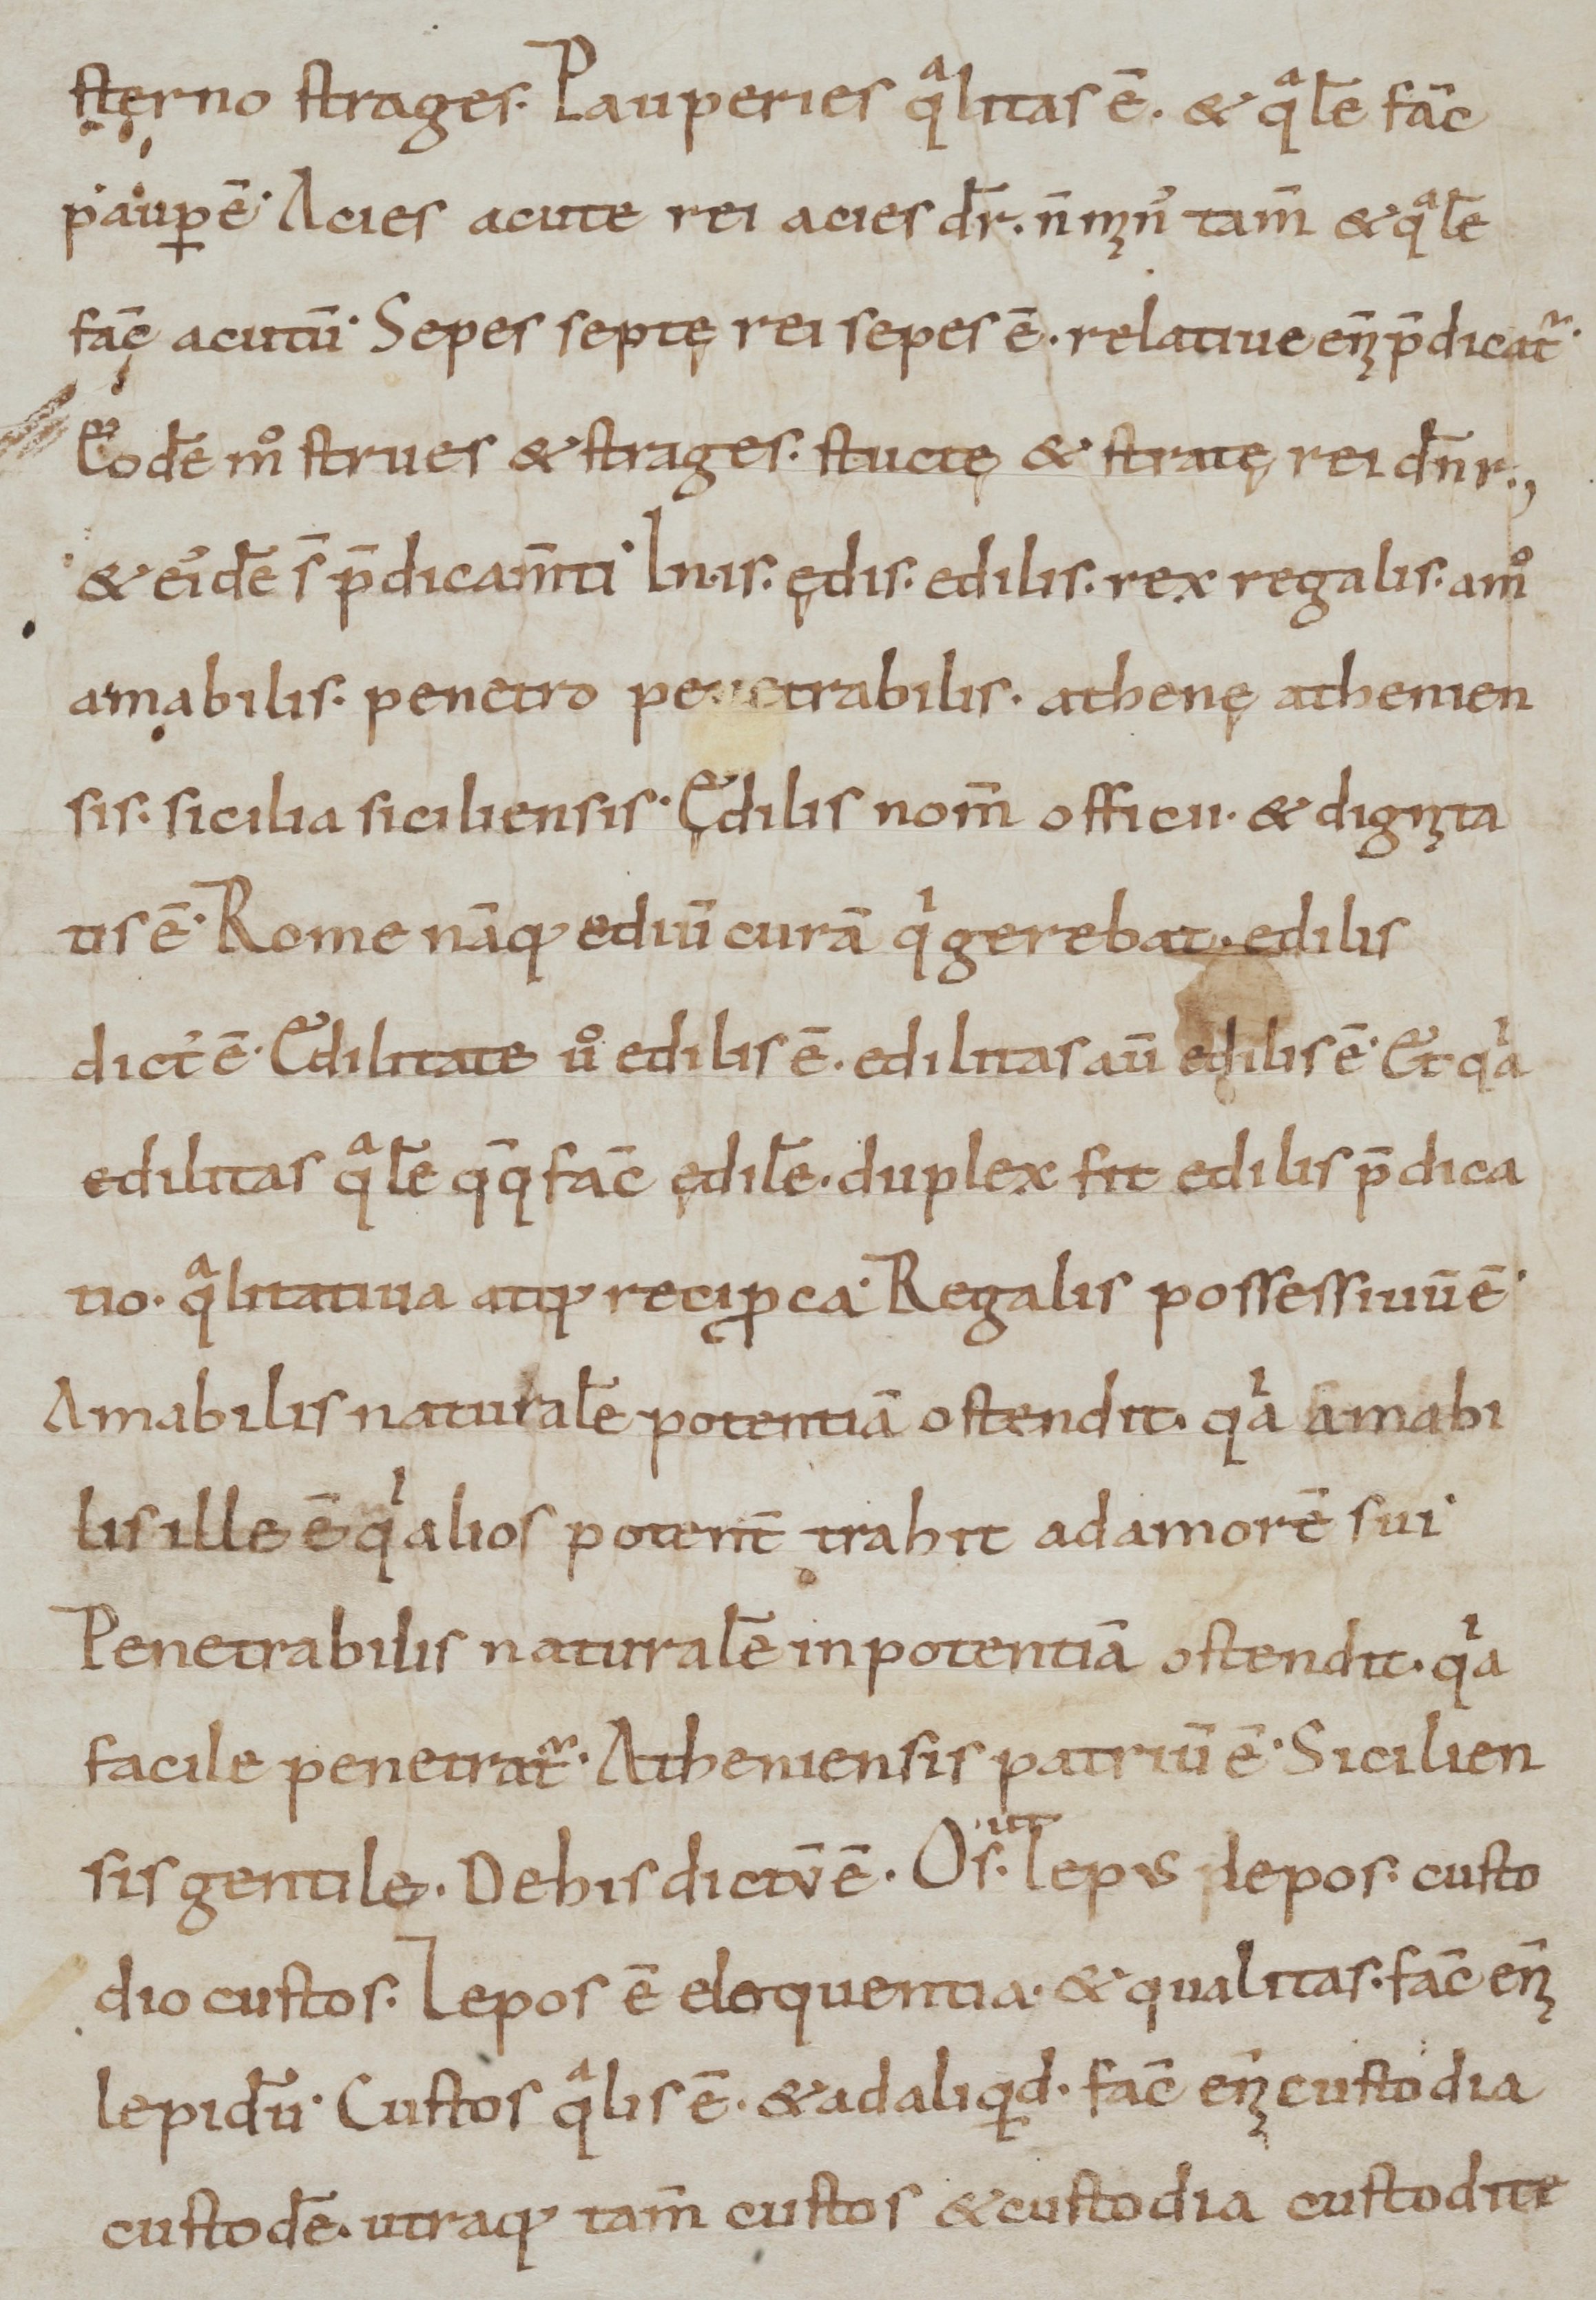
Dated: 800–999